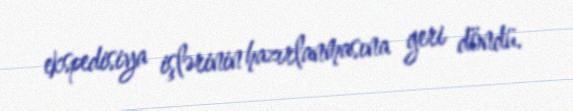
ekspedisiya işlərinin hazırlanmasına geri döndü.